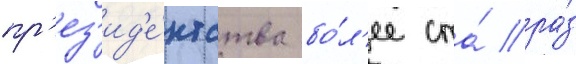
пр'ез'ид'е́нтства бо́л'ее ста́ ра́з